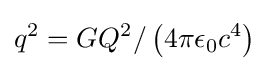
q^{2}=GQ^{2}/\left(4\pi \epsilon _{0}c^{4}\right)